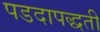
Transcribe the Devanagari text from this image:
पडदापद्धती